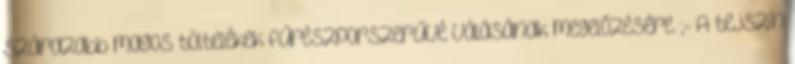
szárazabb magos töltelékek fűrészporszerűvé válásának megelőzésére. ;- A tejszín